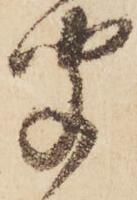
聞